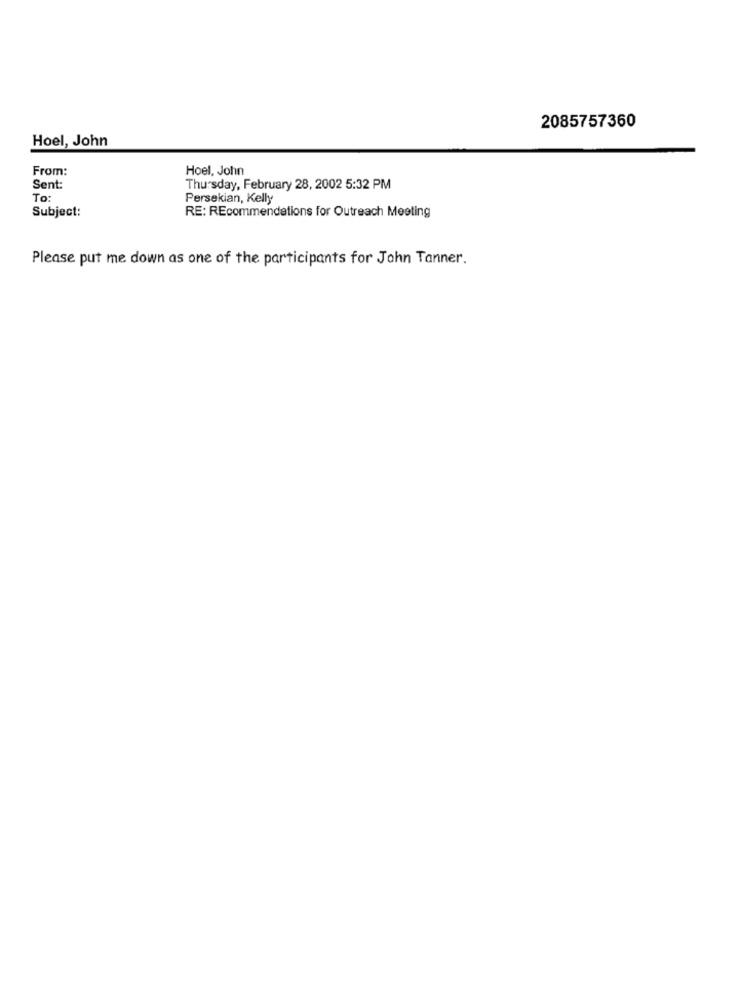
2085757360
Hoel, John
From:
Hoel, John
Sent:
Thursday, February 28, 2002 5:32 PM
To:
Persekian, Kelly
Subject:
RE: REcommendations for Outreach Meeting
Please put me down as one of the participants for John Tanner.